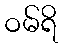
ဝမ်ရိ